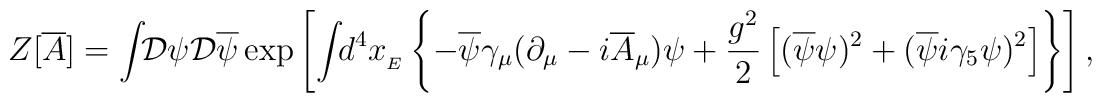
Z[{\overline{A}}]=\int\!\!{\mathcal{D}}\psi{\mathcal{D}}{\overline\psi}	\exp\left[\int\!\!d^{4}x_{_{E}}\left\{-{\overline\psi}\gamma_{\mu}	(\partial_{\mu}-i{\overline{A}}_{\mu})\psi	+{g^{2}\over2}\left[({\overline\psi}\psi)^{2}	+({\overline\psi}i\gamma_{5}\psi)^{2}\right]\right\}\right],